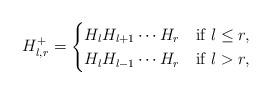
LaTeX: \begin{align*}H_{l,r}^{+}=\begin{cases}H_lH_{l+1}\cdots H_{r}& \hbox {if } l\leq r, \\H_lH_{l-1}\cdots H_{r}& \hbox {if } l>r,\end{cases}\end{align*}